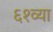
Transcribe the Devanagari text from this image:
६१व्या